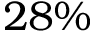
2 8 \%